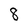
Character: 8